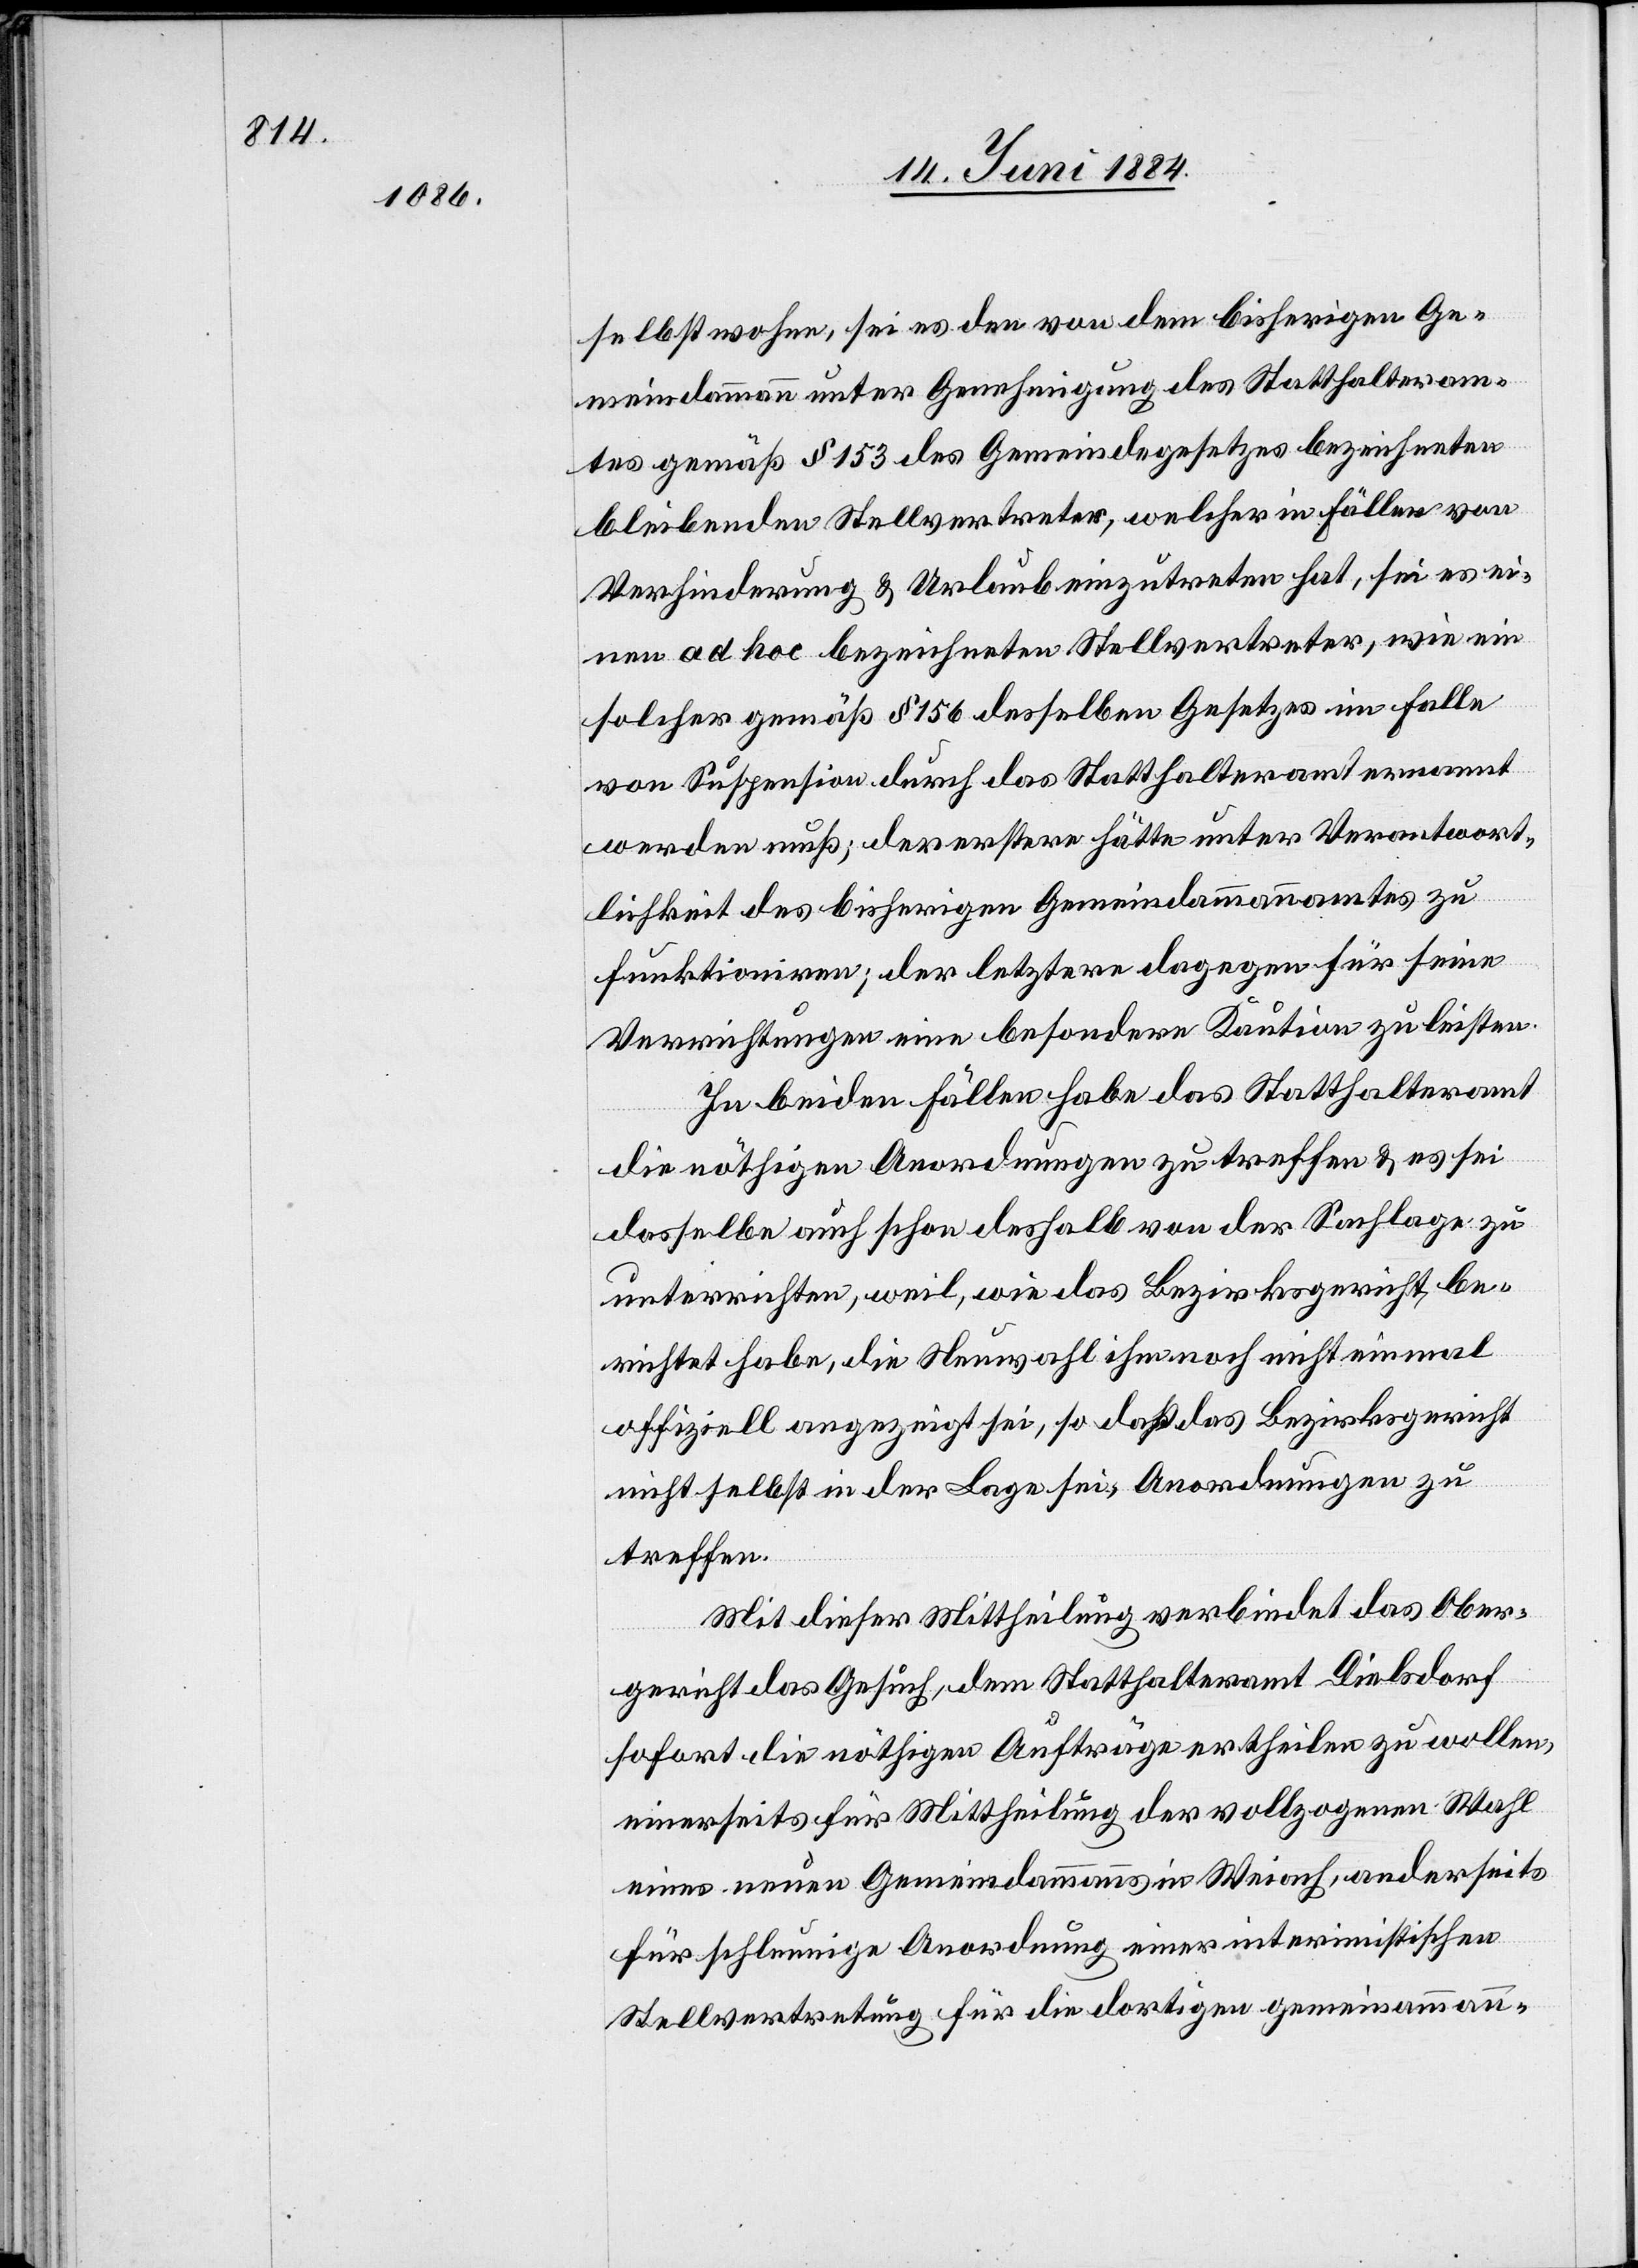
selbst wohne, sei es den von dem bisherigen Ge¬
meindammann unter Genehmigung des Statthalteram¬
tes gemäß § 153 des Gemeindegesetzes bezeichneten
bleibenden Stellvertreter, welcher in Fällen von
Verhinderung & Urlaub einzutreten hat, sei es ei¬
nem ad hoc bezeichneten Stellvertreter, wie ein
solcher gemäß § 156 desselben Gesetzes im Falle
von Suspension durch das Statthalteramt ernannt
werden muß; der erstere hätte unter Verantwort¬
lichkeit des bisherigen Gemeindammannamtes zu
funktioniren; der letztere dagegen für seine
Verrichtungen eine besondere Kaution zu leisten.
In beiden Fällen habe das Statthalteramt
die nöthigen Anordnungen zu treffen & es sei
dasselbe auch schon deshalb von der Sachlage zu
unterrichten, weil, wie das Bezirksgericht be¬
richtet habe, die Neuwahl ihm noch nicht einmal
offiziell angezeigt sei, so daß das Bezirksgericht
nicht selbst in der Lage sei, Anordnungen zu
treffen.
Mit dieser Mittheilung verbindet das Ober¬
gericht das Gesuch, dem Statthalteramt Dielsdorf
sofort die nöthigen Aufträge ertheilen zu wollen,
einerseits für Mittheilung der vollzogenen Wahl
eines neuen Gemeindammanns in Weiach, anderseits
für schleunige Anordnung einer interimistischen
Stellvertretung für die dortigen gemein[d]samman-